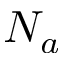
N _ { a }